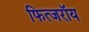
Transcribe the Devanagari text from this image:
फित्जरॉय